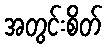
အတွင်းစိတ်